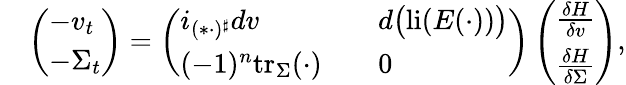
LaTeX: \begin{array}{rl}&{\left(\begin{array}{l}{-v_{t}}\\ {-\Sigma_{t}}\end{array}\right)=\left(\begin{array}{ll}{i_{(\ast\cdot)^{\sharp}}dv\quad}&{d\big(\mathrm{li}(E(\cdot))\big)}\\ {(-1)^{n}\mathrm{tr}_{\Sigma}(\cdot)\quad}&{0}\end{array}\right)\left(\begin{array}{l}{\frac{\delta H}{\delta v}}\\ {\frac{\delta H}{\delta\Sigma}}\end{array}\right),}\end{array}